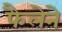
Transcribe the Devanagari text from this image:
फैलेने